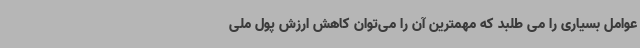
عوامل بسیاری را می طلبد که مهمترین آن را می‌توان کاهش ارزش پول ملی